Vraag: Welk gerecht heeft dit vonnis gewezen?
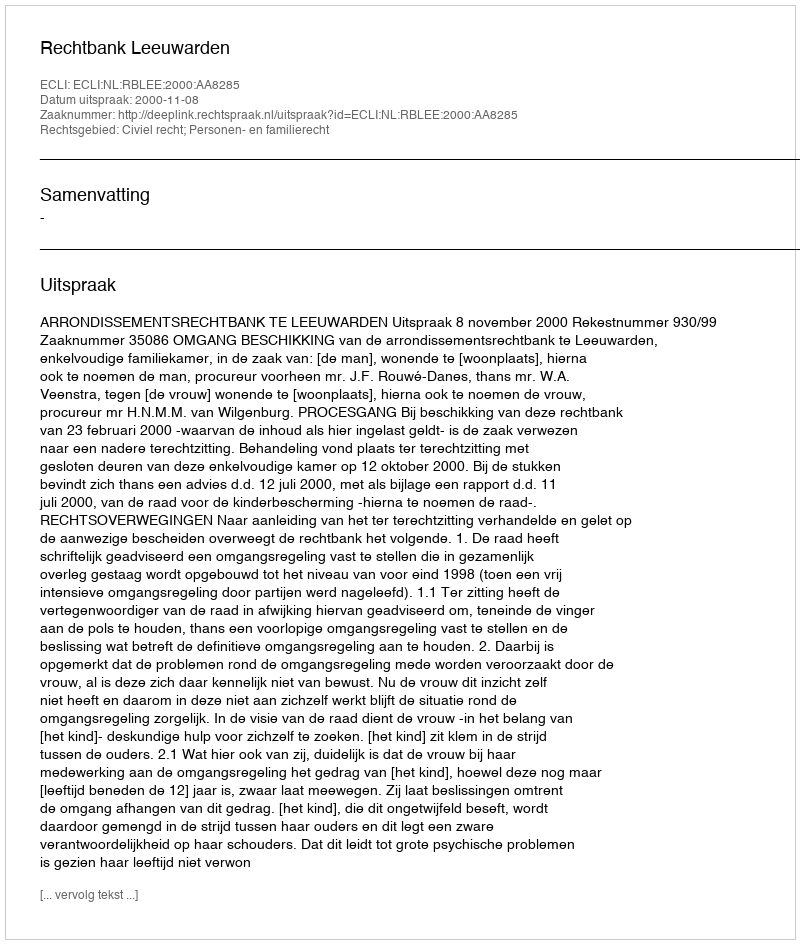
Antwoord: Rechtbank Leeuwarden